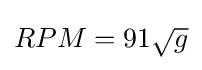
{\textstyle RPM=91{\sqrt {g}}}